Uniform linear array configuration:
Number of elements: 4
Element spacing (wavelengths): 0.25
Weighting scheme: exponential
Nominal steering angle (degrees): -60
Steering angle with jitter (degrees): -58.812
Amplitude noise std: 0.05
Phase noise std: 0.05

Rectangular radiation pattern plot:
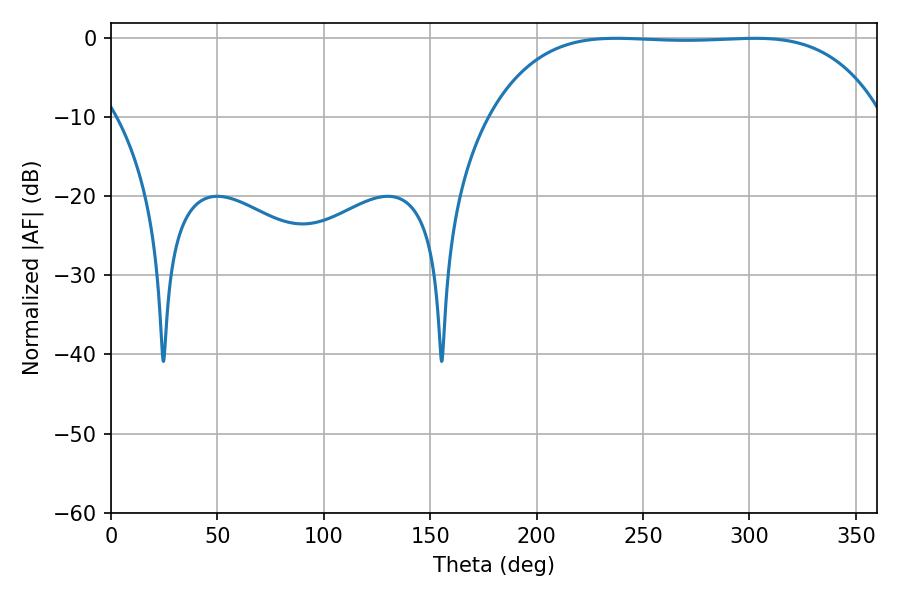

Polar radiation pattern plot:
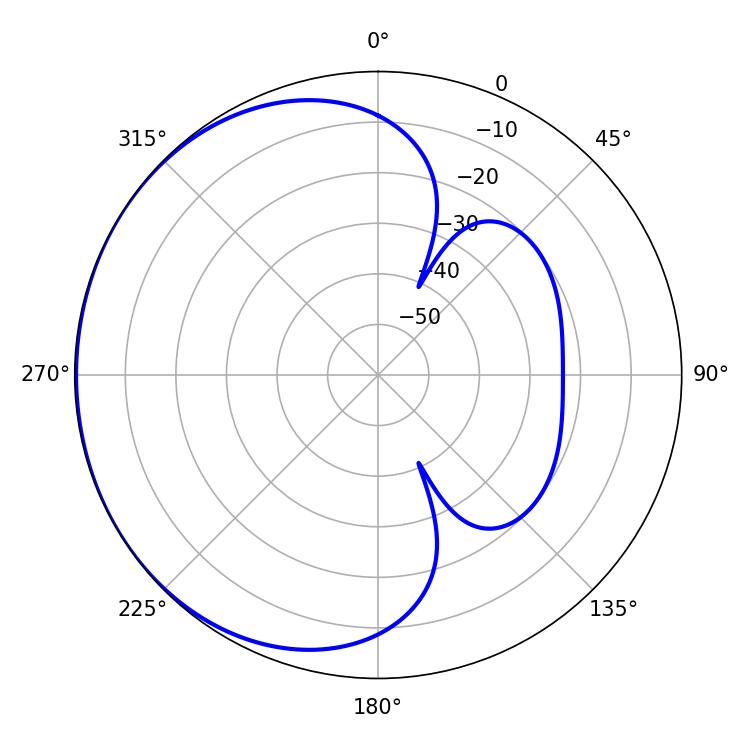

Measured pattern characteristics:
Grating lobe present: FALSE
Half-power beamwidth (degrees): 142.92
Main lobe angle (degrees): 302.58